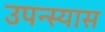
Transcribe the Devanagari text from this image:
उपन्स्यास